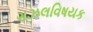
ગઝલવિષયક